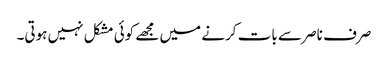
صرف ناصر سے بات کرنے میں مجھے کوئی مشکل نہیں ہوتی۔